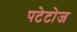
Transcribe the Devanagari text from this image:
पटेटोज